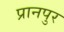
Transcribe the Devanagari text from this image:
प्रानपुर